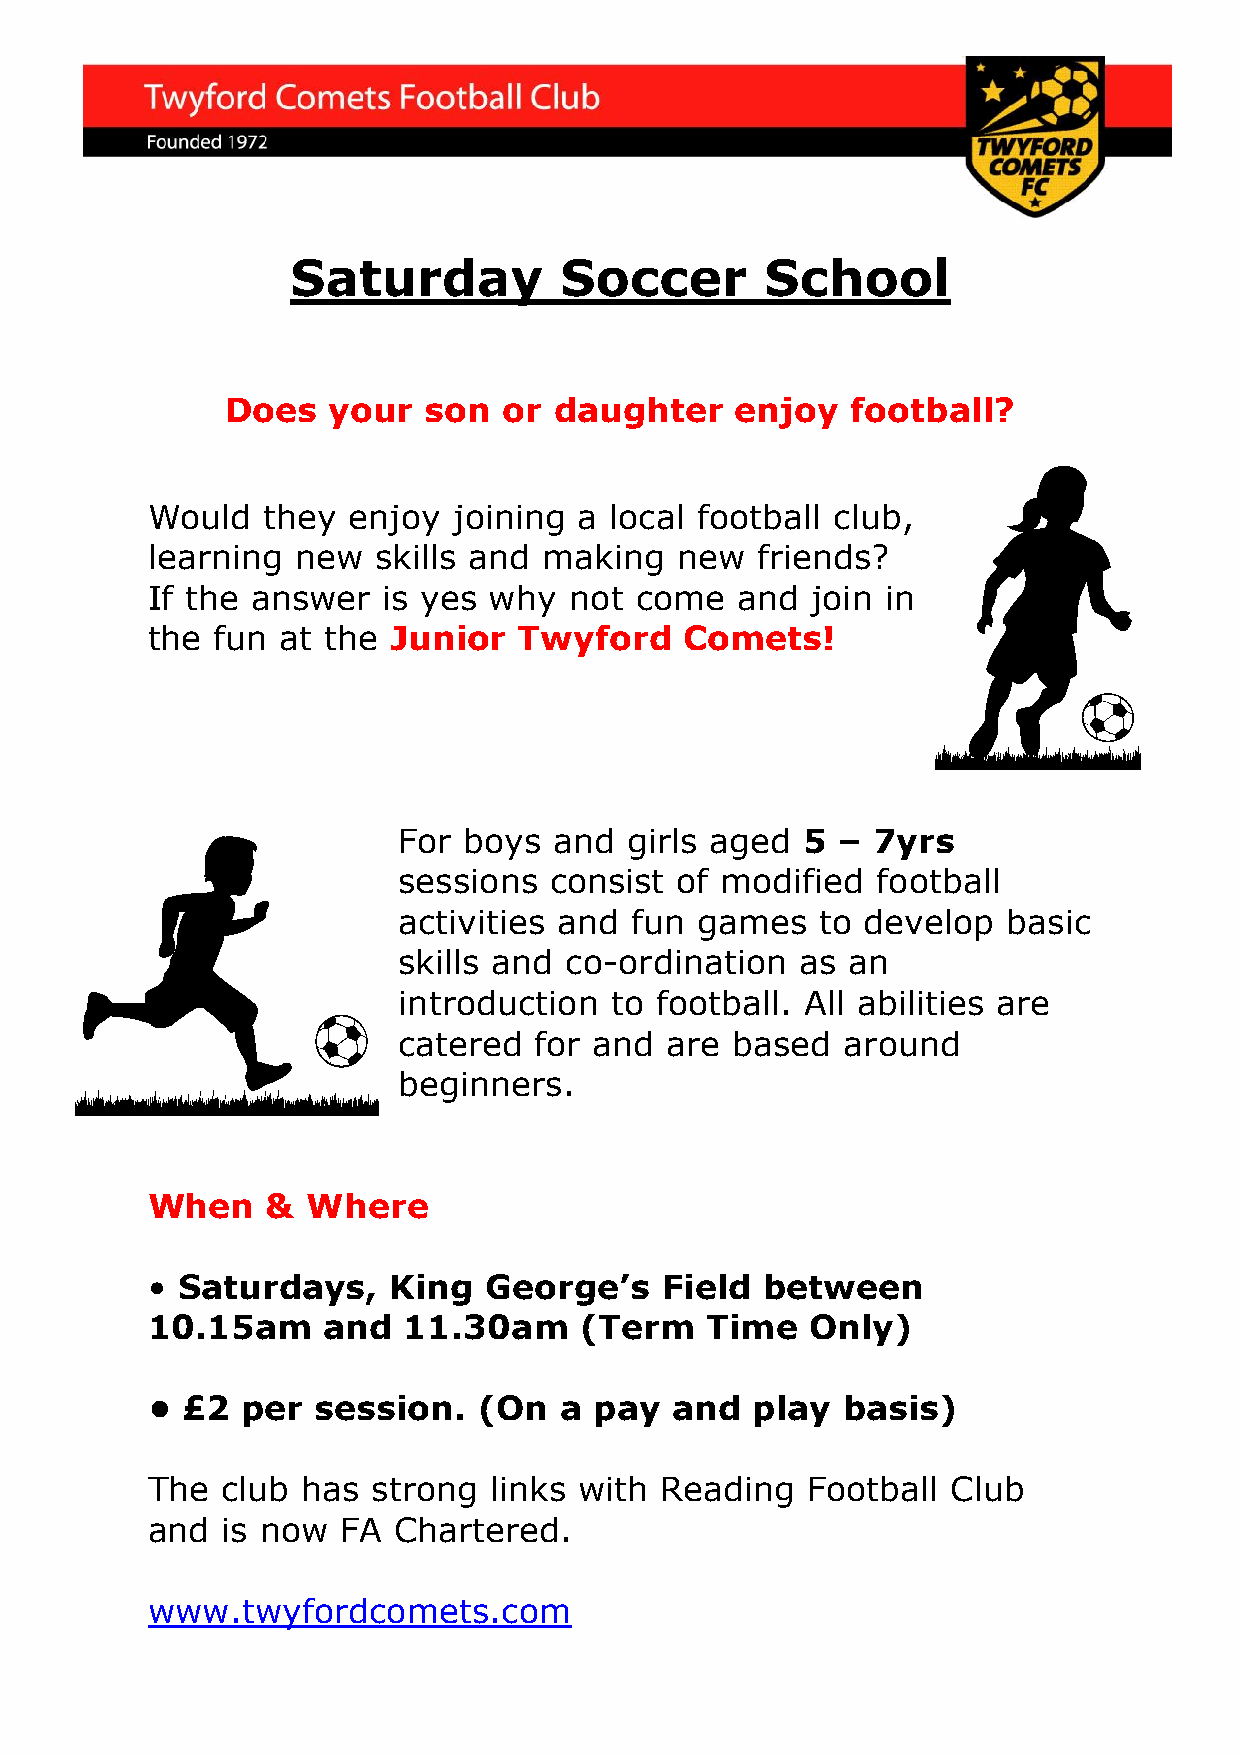
Saturday          Soccer        School
 Does   your  son  or  daughter    enjoy  football?
 Would  they  enjoy  joining a local football club,
 learning  new  skills and making   new  friends?
 If the answer  is yes why   not come   and  join in
 the fun at the  Junior  Twyford    Comets!
 For  boys  and girls aged  5 –  7yrs
 sessions  consist  of modified  football
 activities and  fun games   to develop   basic
 skills and co-ordination   as an
 introduction  to football. All abilities are
 catered  for and  are based   around
 beginners.
 When    & Where
 • Saturdays,    King  George’s    Field between
 10.15am    and   11.30am    (Term    Time   Only)
 • £2  per  session.   (On  a pay  and   play  basis)
 The  club has  strong links with  Reading  Football  Club
 and  is now FA  Chartered.
 www.twyfordcomets.com